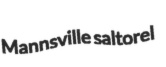
Mannsville saltorel